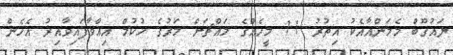
ޔައުގޫބް މެމަންއާއެކު އިތުރު 11 މީހެއްގެ މައްޗަށް މަރުގެ ހުކުމް އިއްވާފައިވާއިރު އެހެން